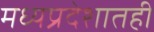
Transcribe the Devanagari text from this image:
मध्यप्रदेशातही